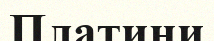
Платини